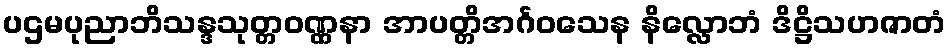
ပဌမပုညာဘိသန္ဒသုတ္တဝဏ္ဏနာ အာပတ္တိအင်္ဂဝသေန နိလ္လောဘံ ဒိဋ္ဌိသဟဇာတံ